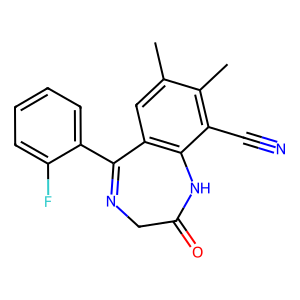
SMILES: Cc1cc2c(c(C#N)c1C)NC(=O)CN=C2c1ccccc1F
Inhibits HIV replication: Yes